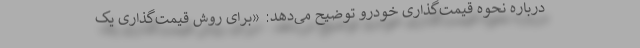
درباره نحوه قیمت‌گذاری خودرو توضیح می‌دهد: «برای روش قیمت‌گذاری یک